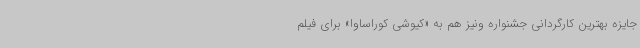
جایزه بهترین کارگردانی جشنواره ونیز هم به «کیوشی کوراساوا» برای فیلم